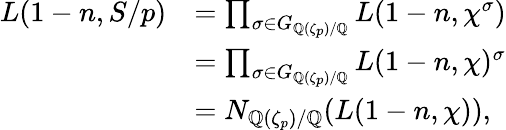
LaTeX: \begin{array}{rl}{L(1-n,S/p)}&{=\prod_{\sigma\in G_{\mathbb{Q}(\zeta_{p})/\mathbb{Q}}}L(1-n,\chi^{\sigma})}\\ &{=\prod_{\sigma\in G_{\mathbb{Q}(\zeta_{p})/\mathbb{Q}}}L(1-n,\chi)^{\sigma}}\\ &{=N_{\mathbb{Q}(\zeta_{p})/\mathbb{Q}}(L(1-n,\chi)),}\end{array}